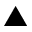
\blacktriangle